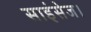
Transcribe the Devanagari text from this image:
साइंसेज।